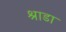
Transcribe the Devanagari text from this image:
श्राडा